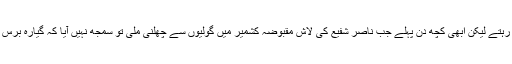
بس نام نہیں یاد آتا کہ ہم نے اتنی لاشیں دیکھیں ہیں کہ نام اب یاد نہیں رہتے لیکن ابھی کچھ دن پہلے جب ناصر شفیع کی لاش مقبوضہ کشمیر میں گولیوں سے چھلنی ملی تو سمجھ نہیں آیا کہ گیارہ برس کے بچے کون سا آنتک وادی تھا کہ جس کو انڈین فوج نے نشانہ بنایا۔